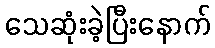
သေဆုံးခဲ့ပြီးနောက်